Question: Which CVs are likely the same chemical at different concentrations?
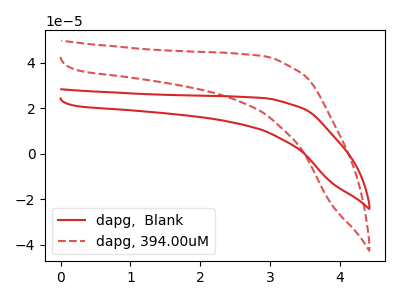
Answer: <think>The red curve "dapg,  Blank" has no peaks. The red dashed curve "dapg, 394.00uM" has no peaks.
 Neither "dapg,  Blank" or "dapg, 394.00uM" have any peaks.</think>
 <answer>"dapg, 394.00uM" and "dapg,  Blank" have the same shape and are likely CV's of the same chemical.</answer>
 <eval>"dapg, 394.00uM" "dapg,  Blank"</eval>